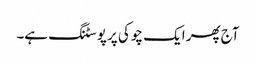
آج پھر ایک چوکی پر پوسٹنگ ہے۔